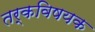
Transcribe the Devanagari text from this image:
तर्कविषयक